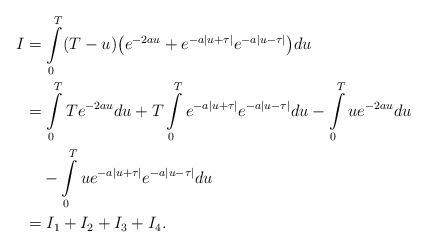
\begin{align*}I&{}=\int\limits_0^{T}(T-u) \bigl(e^{-2au}+e^{-a| u+\tau|}e^{-a| u-\tau|}\bigr)du \\ &{}=\int\limits_0^{T}Te^{-2au}du+T\int\limits_0^{T}e^{-a| u+\tau|}e^{-a| u-\tau|}du -\int\limits_0^{T}ue^{-2au}du \\ &\quad{} -\int\limits_0^{T}ue^{-a| u+\tau|}e^{-a| u-\tau|}du\\ &{} =I_1+I_2+I_3+I_4.\end{align*}